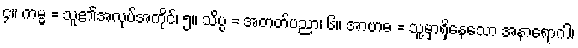
၄။ ကမ္မ = သူ၏အလုပ်အကိုင်၊ ၅။ သိပ္ပ = အတတ်ပညာ၊ ၆။ အာဗာဓ = သူ့မှာရှိနေသော အနာရောဂါ၊